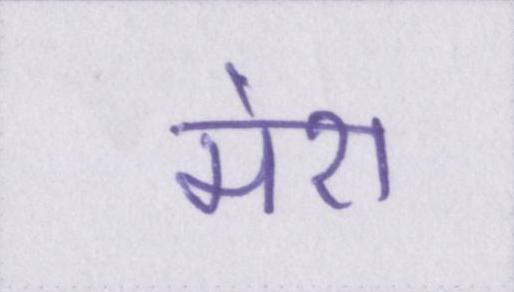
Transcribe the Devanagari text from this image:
मेरा